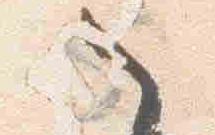
之